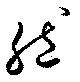
然